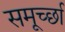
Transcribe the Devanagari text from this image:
समूर्च्छा